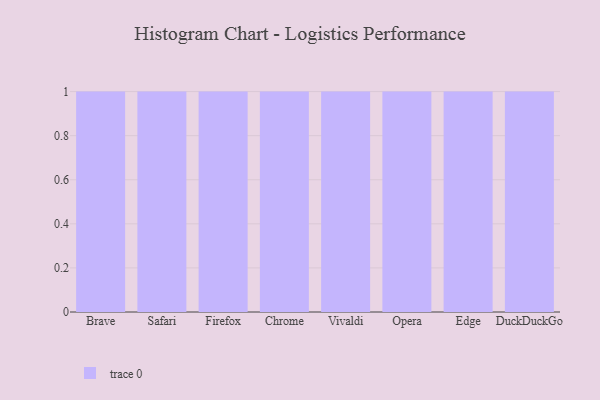
{"axis": {"x": "Browser", "y": "Website Visitors"}, "legend": [""], "data": [{"x": "Brave", "y": 28, "type": ""}, {"x": "Safari", "y": 3, "type": ""}, {"x": "Firefox", "y": 27, "type": ""}, {"x": "Chrome", "y": 65, "type": ""}, {"x": "Vivaldi", "y": 17, "type": ""}, {"x": "Opera", "y": 77, "type": ""}, {"x": "Edge", "y": 92, "type": ""}, {"x": "DuckDuckGo", "y": 22, "type": ""}]}